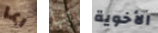
ربما انها الأخوية